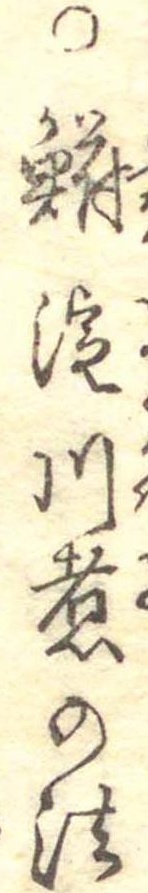
○鮒淀川煮の法